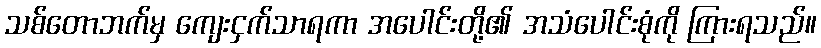
သစ်တောဘက်မှ ကျေးငှက်သာရကာ အပေါင်းတို့၏ အသံပေါင်းစုံကို ကြားရသည်။